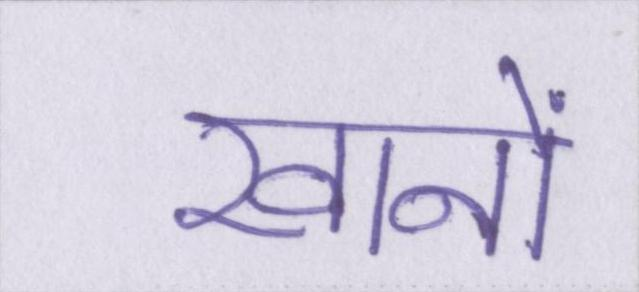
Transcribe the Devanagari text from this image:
खानों